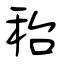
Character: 秮